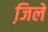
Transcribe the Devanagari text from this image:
जि़ले